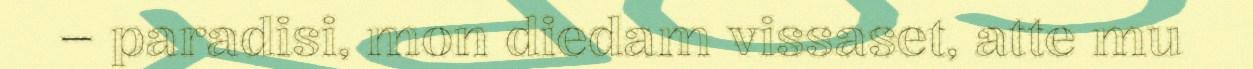
– paradisi, mon diedam vissaset, atte mu